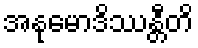
အနုမောဒိဿန္တီတိ